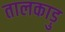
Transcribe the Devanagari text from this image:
तालकाड़ु